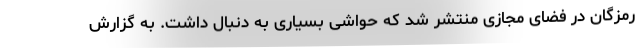
رمزگان در فضای مجازی منتشر شد که حواشی بسیاری به دنبال داشت. به گزارش